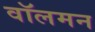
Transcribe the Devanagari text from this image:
वॉलमन